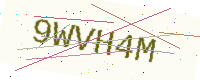
Text: 9WVH4M